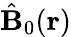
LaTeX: \hat{\mathbf B}_{0}({\mathbf r})